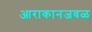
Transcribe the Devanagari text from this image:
आराकानजवळ